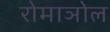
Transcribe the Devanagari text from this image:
रोमाञोल